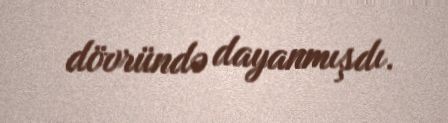
dövründə dayanmışdı.